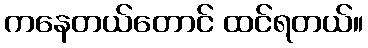
ကနေတယ်တောင် ထင်ရတယ်။